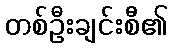
တစ်ဦးချင်းစီ၏